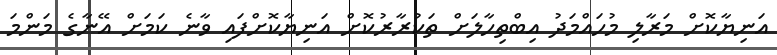
އަނިޔާކޮށް މަރާލި މުހައްމަދު އިބްތިހާލަށް ތަކުރާރުކޮށް އަނިޔާކޮށްފައި ވާނެ ކަމަށް އޭނާގެ މަންމަ